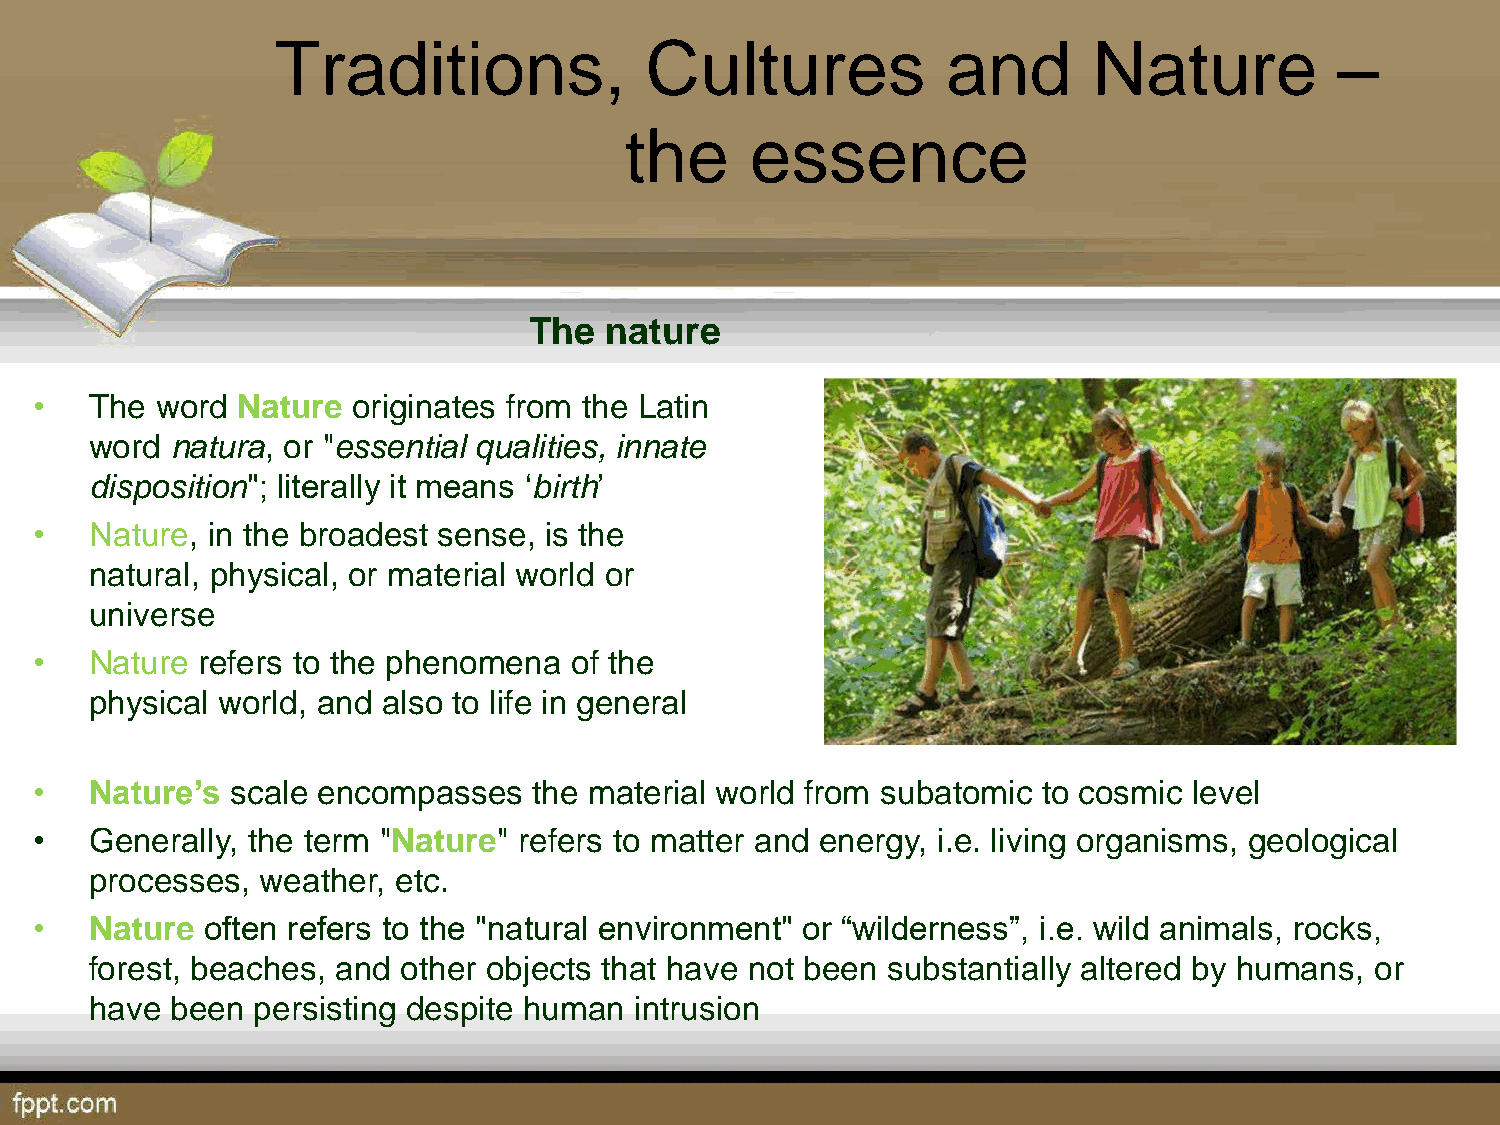
Traditions,              Cultures            and      Nature           –
 the      essence
 The  nature
 •   The word  Nature originates from the Latin
 word natura, or "essential qualities, innate
 disposition"; literally it means ‘birth’
 •   Nature, in the broadest sense, is the
 natural, physical, or material world or
 universe
 •   Nature refers to the phenomena  of the
 physical world, and also to life in general
 •   Nature’s scale encompasses   the material world from subatomic to cosmic level
 •   Generally, the term "Nature" refers to matter and energy, i.e. living organisms, geological
 processes, weather, etc.
 •   Nature often refers to the "natural environment" or “wilderness”, i.e. wild animals, rocks,
 forest, beaches, and other objects that have not been substantially altered by humans, or
 have been  persisting despite human intrusion